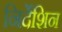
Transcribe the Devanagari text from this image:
निर्देशिन